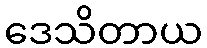
ဒေသိတာယ